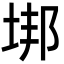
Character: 垹